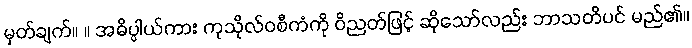
မှတ်ချက်။ ။ အဓိပ္ပါယ်ကား ကုသိုလ်ဝစီကံကို ဝိညတ်ဖြင့် ဆိုသော်လည်း ဘာသတိပင် မည်၏။